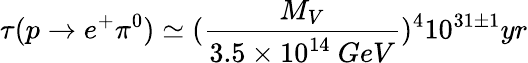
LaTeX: \tau(p\rightarrow e^{+}\pi^{0})\simeq(\frac{M_{V}}{3.5\times 10^{14}~GeV})^{4}10^{31\pm 1}yr